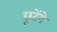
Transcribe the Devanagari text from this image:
छूटेंगे